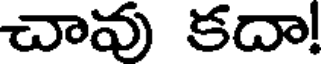
చావు కదా!